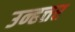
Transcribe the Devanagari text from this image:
उन्हत्तर